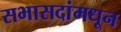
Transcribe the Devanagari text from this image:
सभासदांमधून